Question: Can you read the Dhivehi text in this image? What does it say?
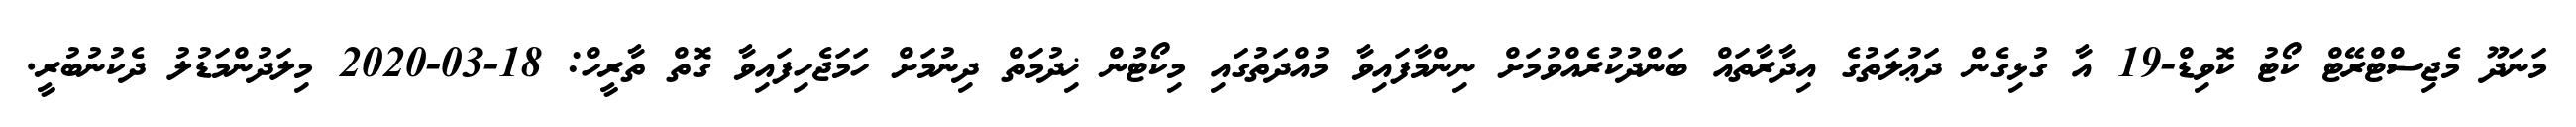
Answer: މަނަދޫ މެޖިސްޓްރޭޓް ކޯޓު ކޮވިޑް-19 އާ ގުޅިގެން ދަޢުލަތުގެ އިދާރާތައް ބަންދުކުރެއްވުމަށް ނިންމާފައިވާ މުއްދަތުގައި މިކޯޓުން ޚިދުމަތް ދިނުމަށް ހަމަޖެހިފައިވާ ގޮތް ތާރީހް: 18-03-2020 މިލަދުންމަޑުލު ދެކުނުބުރީ.